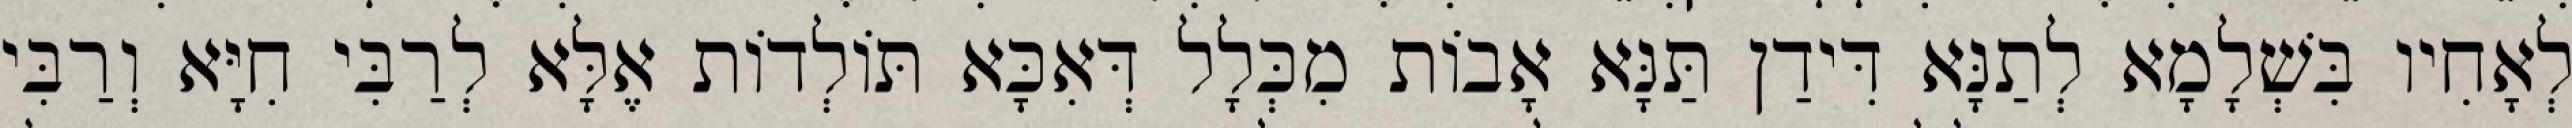
לְאָחִיו בִּשְׁלָמָא לְתַנָּא דִּידַן תַּנָּא אָבוֹת מִכְּלָל דְּאִכָּא תּוֹלְדוֹת אֶלָּא לְרַבִּי חִיָּא וְרַבִּי